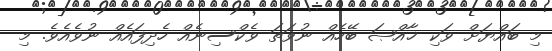
މި ބައްޔަށް ވަކި ޚާއްޞަ ބޭހެއް ނުވަތަ ވެކްސިނެއް ހެދިފައެއް ނުވެއެވެ. މި